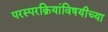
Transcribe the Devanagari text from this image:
परस्परक्रियांविषयीच्या